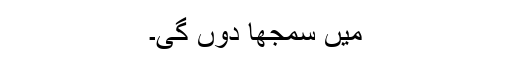
میں سمجھا دوں گی۔